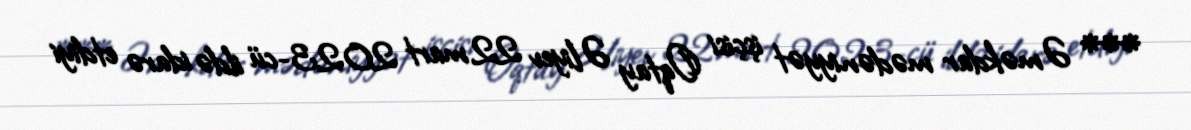
*** Əməkdar mədəniyyət işçisi Oqtay Əliyev 22 mart 2023-cü ildə idarə etdiyi